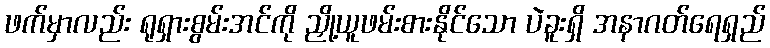
ဖက်မှာလည်း ရုရှားစွမ်းအင်ကို ညှို့ယူဖမ်းစားနိုင်သော ပဲခူးရှိ အနာဂတ်ရေရှည်